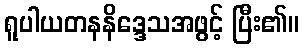
ရူပါယတနနိဒ္ဒေသအဖွင့် ပြီး၏။